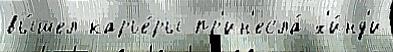
вы́шел карье́ры пр'ин'есла́ х'и́нд'и